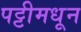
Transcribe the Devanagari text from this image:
पट्टीमधून